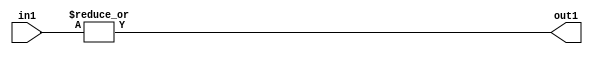
`timescale 1ps / 1ps
/*****************************************************************************
    Verilog RTL Description
    
    
    Created by: Stratus DpOpt 2019.1.01 
*******************************************************************************/

module GauFilter_OrReduction_2U_1U_4 (
	in1,
	out1
	); /* architecture "behavioural" */ 
input [1:0] in1;
output  out1;
wire  asc001;

assign asc001 = 
	(|in1);

assign out1 = asc001;
endmodule

/* CADENCE  urXySgE= : u9/ySgnWtBlWxVPRXgAZ4Og= ** DO NOT EDIT THIS LINE ******/